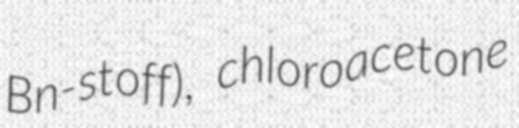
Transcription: Bn-stoff), chloroacetone